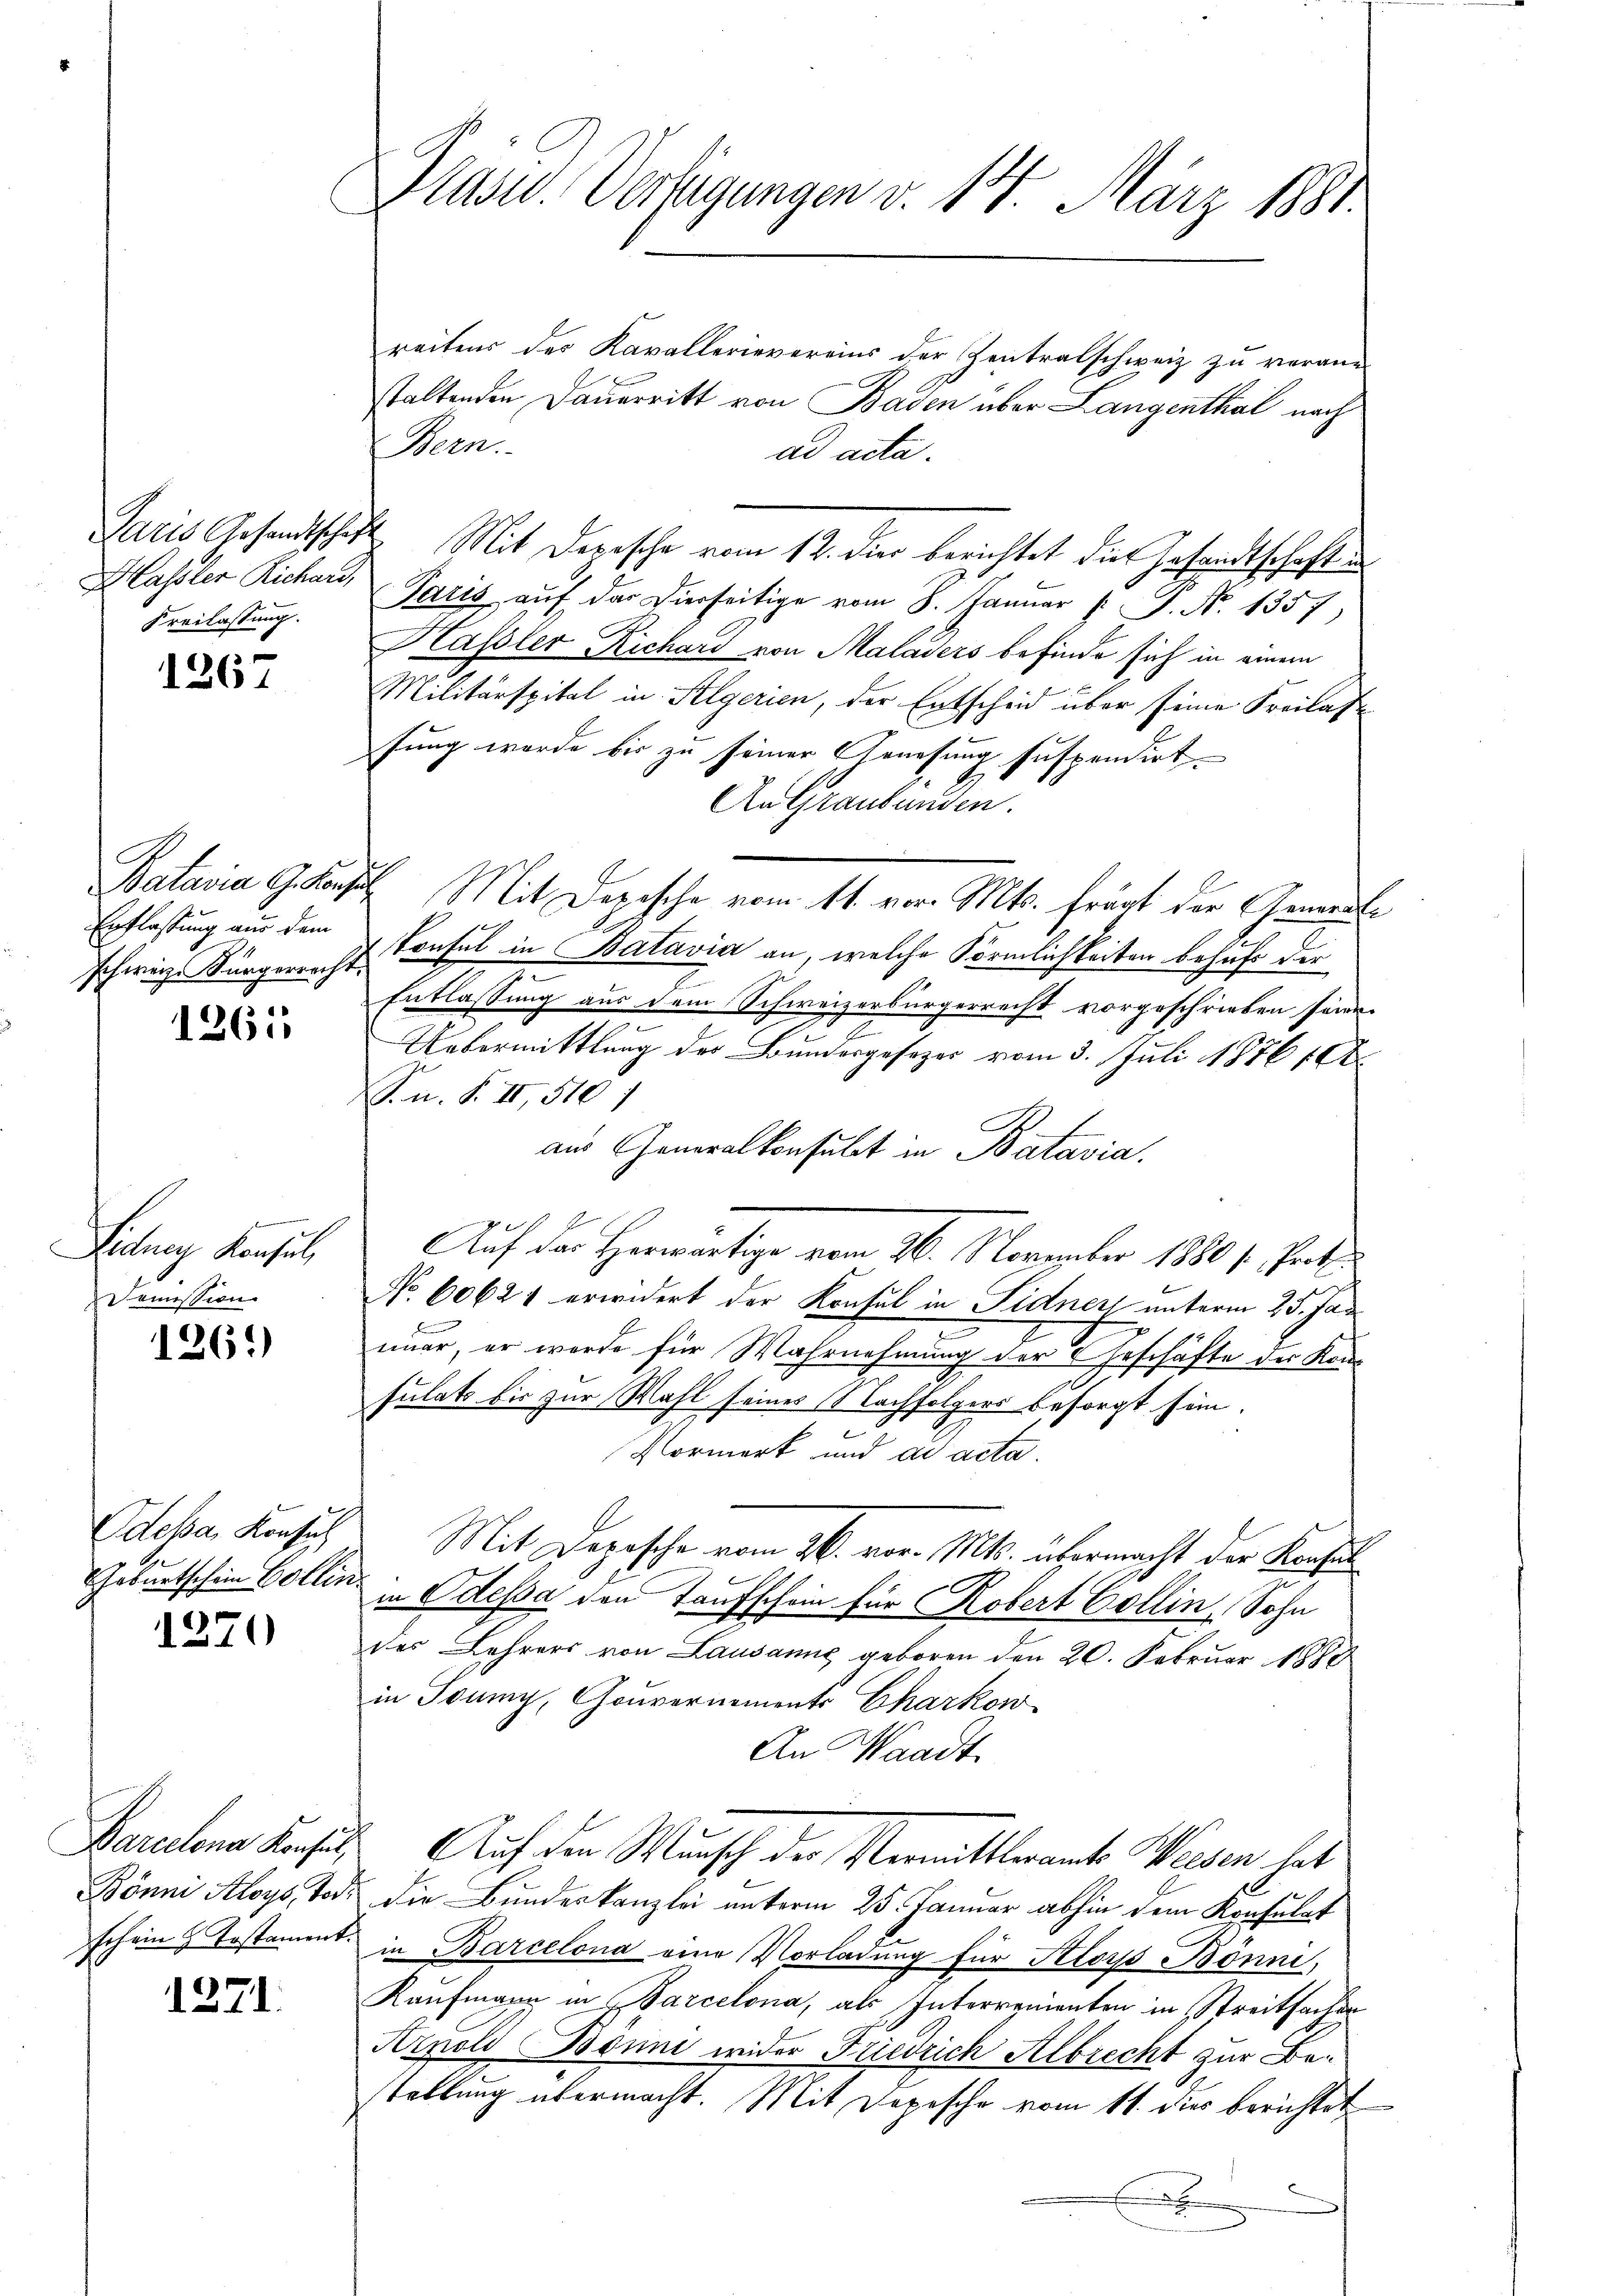
Freilassung.

1267

Erflassung aus dem

1261

Lidney Konsul
Demission

1261)

Odessa, Konsuch
Geburtschein Bollin.

1270

1271.

Pase. Verfügungen v. 14. März 1881.

reitens des Kavallerievereins der Zentralschweiz zu verane
staltenden Dauerritt von Baden über Langenthal nach
Men.
ad acta.
Paris Gesandtschaft Mit Depesche vom 12. dier berichtet die Gesandtschaft in
Hasler Richau, Paris auf der Dierseitige vom 8. Januar  P. Nr. 1357
Hassler Richard von Maladers befinde sich in einem
Militärspital in Folgerien, der Entscheid über seine Freilas
fung wurde bis zu seiner Genesung suspendirt.
An Graubünden.
Batavia G. Konsul Mit Depesche vom 11. vor. Mts. frägt der Gemeinde
schweiz. Bürgericht Consul in Batavia an, welche Förmlichkeiten behufe der
Entlassung aus dem Schweizerbürgerrecht vorgeschrieben seine
t
g
Uebermittlung der Bundesgesezes vom 3. Juli 1876 16t
S. n. F. II, 510 1
aus Generalkonsulat in Batavia,
Auf der Herwärtige vom 26. November 18801. Pet
No 60627 erwidert der Konsul in Sidners unterm 25. Jan
nuar, er werde für Wahrnehmung der Geschäfte der Kon-
0
sulats bis zur Wahl seines Nachfolgers besorgt sein.
Vormerk und die acta.
Mit Depesche vom 26. vor. Mts. übermacht der Konsul
.
in Odessa den Taufschein für Kobert Collin, Sohn
des Lehrers von Lausanne geboren den 20. Februar 1888
in Juny, Gouvernements Charkow
An Waadt
Barcelena Konsil. Auch den Wunsch der Vermittleramt Wiesen hat
Bönni Aloys, Tode die Bundeskanzlei unterm 25. Januar abhin dem Konsulat
schein Testament in Barcelona eine Vorladung für Aloys Bonni,
Kaufmann in Barcelona, als Interrementen in Streitsachen
Arnold Bönni wider Friedrich Albrecht zur Bestellung übermacht. Mit Dopische vom 11. dies berichtet